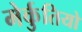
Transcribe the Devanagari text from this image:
मेर्कुतियो